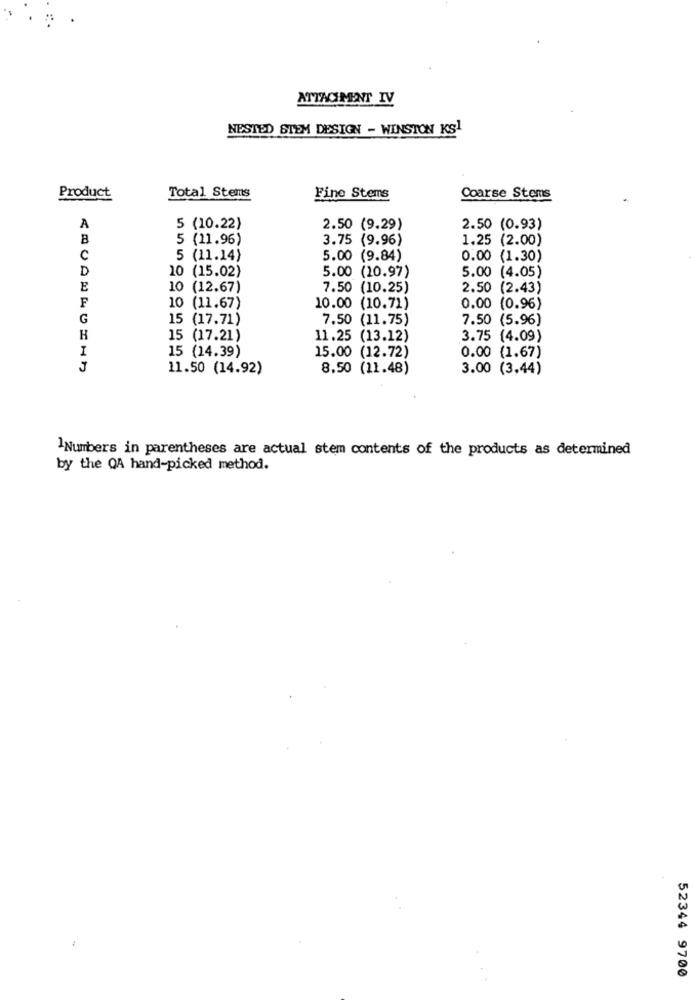
ATTACHMENT IV
NESTED STEM DESIGN - WINSTON KS1
Product
Total Stems
Fine Stems
Coarse Stems
A
5 (10.22)
2.50 (9.29)
2.50 (0.93)
B
5 (11.96)
3.75 (9.96)
1.25 (2.00)
C
5 (11.14)
5.00 (9.84)
0.00
(1.30)
D
10 (15.02)
5.00 (10.97)
5.00
(4.05)
E
10 (12.67)
7.50 (10.25)
2.50
(2.43)
F
10 (11.67)
10.00 (10.71)
0.00 (0.96)
G
15 (17.71)
7.50 (11.75)
7.50 (5.96)
H
15 (17.21)
11.25 (13.12)
3.75 (4.09)
I
15 (14.39)
15.00 (12.72)
0.00 (1.67)
J
11.50 (14.92)
8.50 (11.48)
3.00 (3.44)
1Numbers in parentheses are actual stem contents of the products as determined
by the QA hand-picked method.
52344 9700